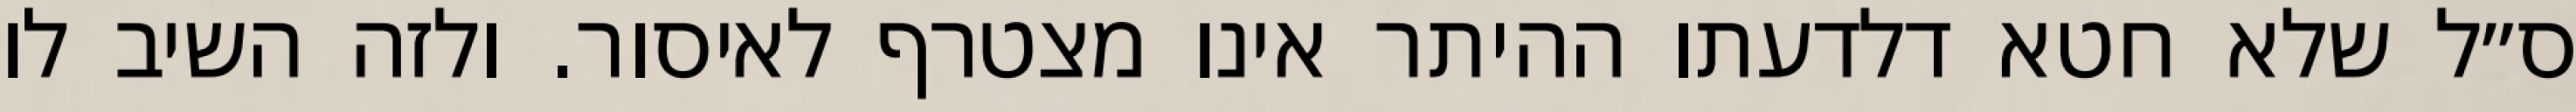
ס״ל שלא חטא דלדעתו ההיתר אינו מצטרף לאיסור. ולזה השיב לו